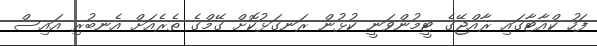
ފަހު ކްއާޓާގައި ރާއްޖޭގެ ޓީމުންވަނީ ކުޅުން ރަނގަޅުކޮށް ގޭމްގެ ތެރެއަށް އެނބުރި އައިސް